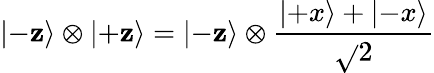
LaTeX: \left|-\mathbf{z}\right\rangle\otimes\left|+\mathbf{z}\right\rangle=\left|-\mathbf{z}\right\rangle\otimes{\frac{{\left|+x\right\rangle+\left|-x\right\rangle}}{{\sqrt{}{{2}}}}}